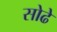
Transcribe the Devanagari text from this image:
सोढे